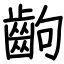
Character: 齣